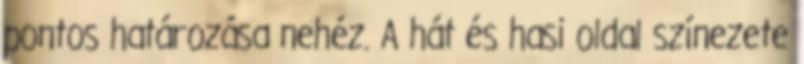
pontos határozása nehéz. A hát és hasi oldal színezete